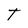
Character: T